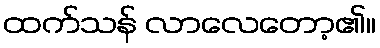
ထက်သန် လာလေတော့၏။